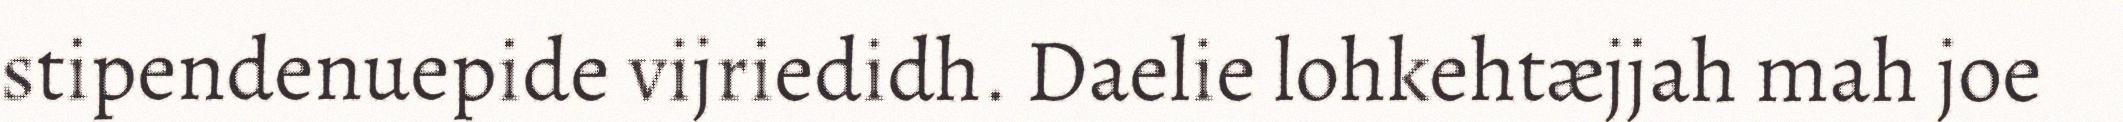
stipendenuepide vijriedidh. Daelie lohkehtæjjah mah joe